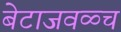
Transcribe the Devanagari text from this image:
बेटाजवळ्च